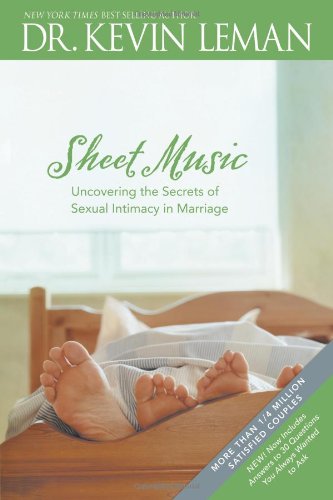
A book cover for Sheet Music: Uncovering the Secrets of Sexual Intimacy in Marriage; Kevin Leman; Parenting & Relationships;